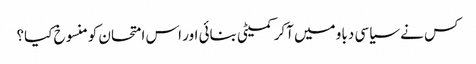
کس نے سیاسی دباو میں آکر کمیٹی بنائی اور اس امتحان کومنسوخ کیا؟